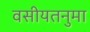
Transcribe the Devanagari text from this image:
वसीयतनुमा